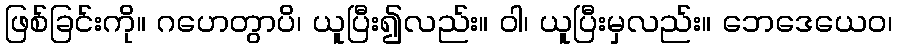
ဖြစ်ခြင်းကို။ ဂဟေတွာပိ၊ ယူပြီး၍လည်း။ ဝါ၊ ယူပြီးမှလည်း။ ဘေဒေယေဝ၊